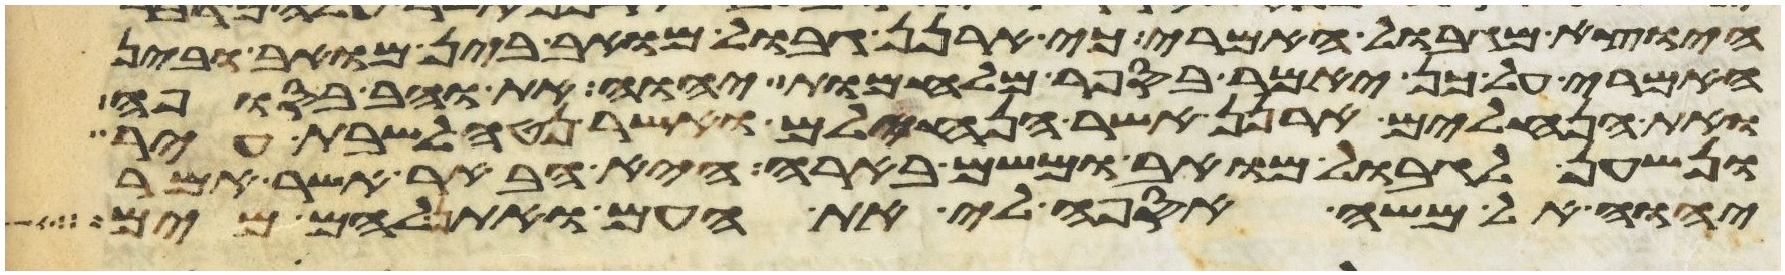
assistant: היוצא מגבול האמרי כי ארנן גבול מואב בין מואב ובין
האמרי על כן יאמר בספר מלחמות יהוה את והב בסופה
ואת הנחלים ארנן אשר הנחילם ואשר נטה לשבת עיר
ונשען לגבול מואב ומשם בארה היא הבאר אשר אמר
יהוה אל משה אספה לי את העם ואתן להם מים